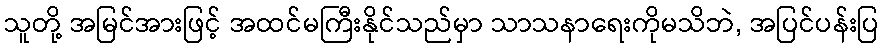
သူတို့ အမြင်အားဖြင့် အထင်မကြီးနိုင်သည်မှာ သာသနာရေးကိုမသိဘဲ, အပြင်ပန်းပြ